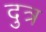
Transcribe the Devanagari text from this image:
दुत्र